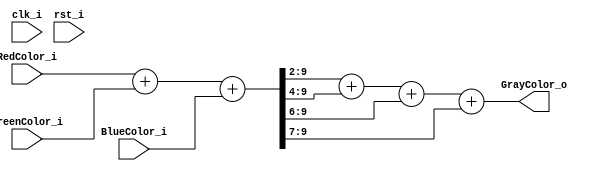
module Rgb2Gray (
    clk_i, 
    rst_i,
    RedColor_i,
    GreenColor_i,
    BlueColor_i,
    GrayColor_o
);

    input clk_i, rst_i;
    input [7:0] RedColor_i, GreenColor_i, BlueColor_i;
    output [7:0] GrayColor_o;

    wire [9:0] SumResult_w;
    assign SumResult_w = RedColor_i + GreenColor_i + BlueColor_i;

    // Divide by 3
    assign GrayColor_o = (SumResult_w >> 2) + 
                         (SumResult_w >> 4) + 
                         (SumResult_w >> 6) +
                         (SumResult_w >> 7) ;
    
endmodule